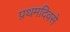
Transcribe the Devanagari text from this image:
प्रथमदिवसे